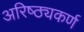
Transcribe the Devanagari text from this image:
अरिष्ठ्यकर्ण